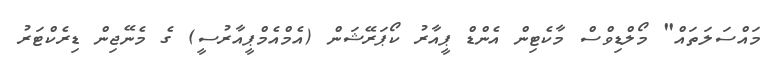
މައްސަލަތައް" މޯލްޑިވްސް މާކެޓިން އެންޑް ޕީއާރު ކޯޕަރޭޝަން (އެމްއެމްޕީއާރުސީ) ގެ މެނޭޖިން ޑިރެކްޓަރު